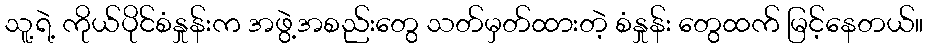
သူ့ရဲ့ ကိုယ်ပိုင်စံနှုန်းက အဖွဲ့အစည်းတွေ သတ်မှတ်ထားတဲ့ စံနှုန်း တွေထက် မြင့်နေတယ်။